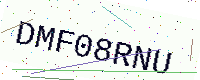
Text: DMF08RNU